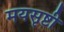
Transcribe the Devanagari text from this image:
मयसृष्टी